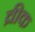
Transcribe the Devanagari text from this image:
व्रीक